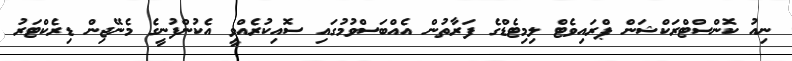
ނިއު ކޮންސްޓްރަކްޝަން ޕްރައިވެޓް ލިމިޓެޑްގެ ފަރާތުން އެއްބަސްވުމުގައި ސޮއިކުރެއްވީ އެކުންފުނީގެ މެނޭޖިން ޑިރެކްޓަރު